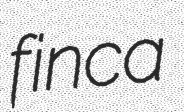
finca